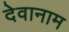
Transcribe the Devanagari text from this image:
देवानाम